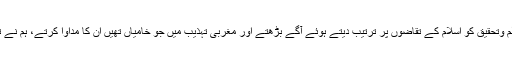
چہ جائے کہ ہم سائنس و ٹیکنالوجی اور علم وتحقیق کو اسلام کے تقاضوں پر ترتیب دیتے ہوئے آگے بڑھتے اور مغربی تہذیب میں جو خامیاں تھیں ان کا مداوا کرتے، ہم نے تو مغرب کو مکمل تہذیبی رب تسلیم کرلیا۔